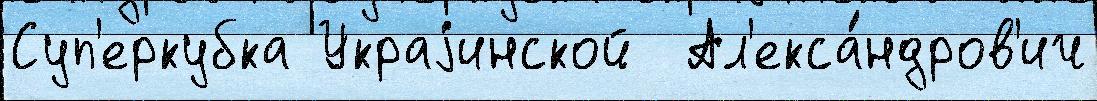
Суп'еркубка Украjинской  Ал'екса́ндров'ич